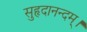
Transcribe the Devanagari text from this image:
सुहृदानन्दम्‌।